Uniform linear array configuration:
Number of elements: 24
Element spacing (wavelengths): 0.25
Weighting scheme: uniform
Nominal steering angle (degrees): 15
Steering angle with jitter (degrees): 13.422
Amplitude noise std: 0.05
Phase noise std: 0.05

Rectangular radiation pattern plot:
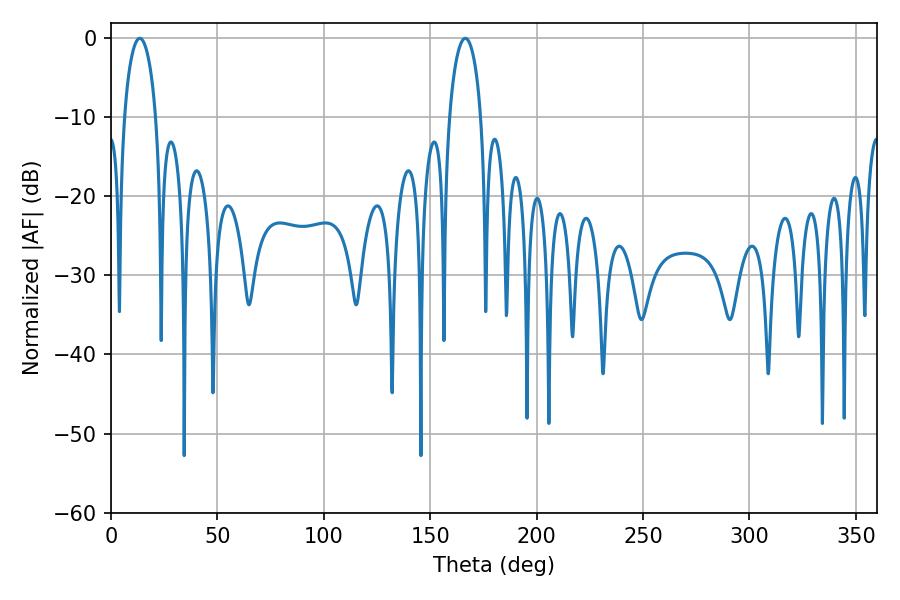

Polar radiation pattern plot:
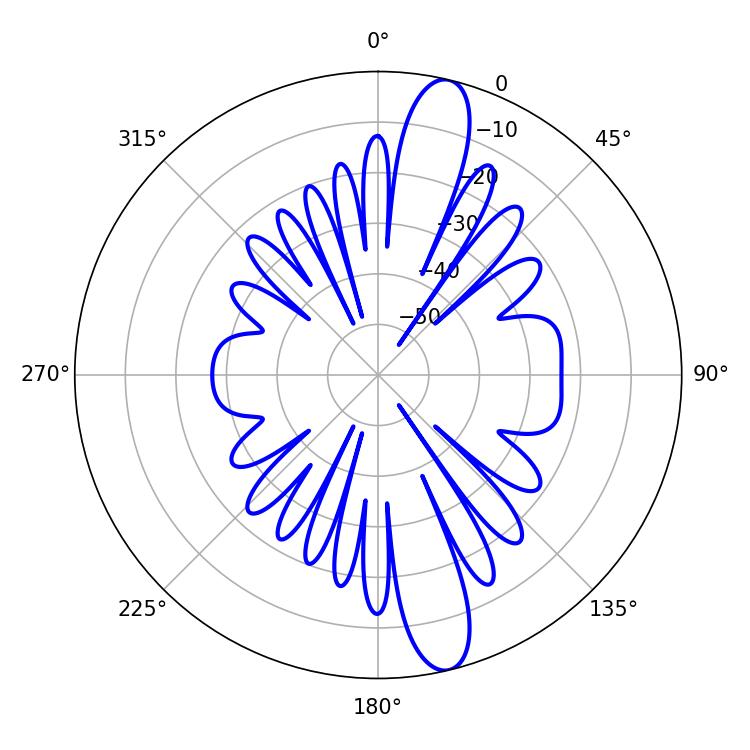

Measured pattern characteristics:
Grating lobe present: FALSE
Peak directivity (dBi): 13.941
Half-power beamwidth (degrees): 8.46
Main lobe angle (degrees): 13.5